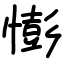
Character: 憉